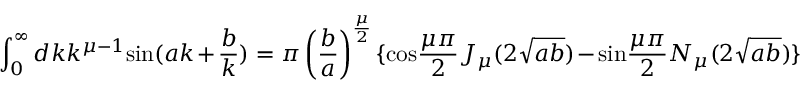
\int _ { 0 } ^ { \infty } d k k ^ { { \mu } - 1 } \mathrm { s i n } ( a k + \frac { b } { k } ) = { \pi } \left( \frac { b } { a } \right) ^ { \frac { \mu } { 2 } } \{ \mathrm { c o s } \frac { { \mu } { \pi } } { 2 } J _ { \mu } ( 2 \sqrt { a b } ) - \mathrm { s i n } \frac { { \mu } { \pi } } { 2 } N _ { \mu } ( 2 \sqrt { a b } ) \}